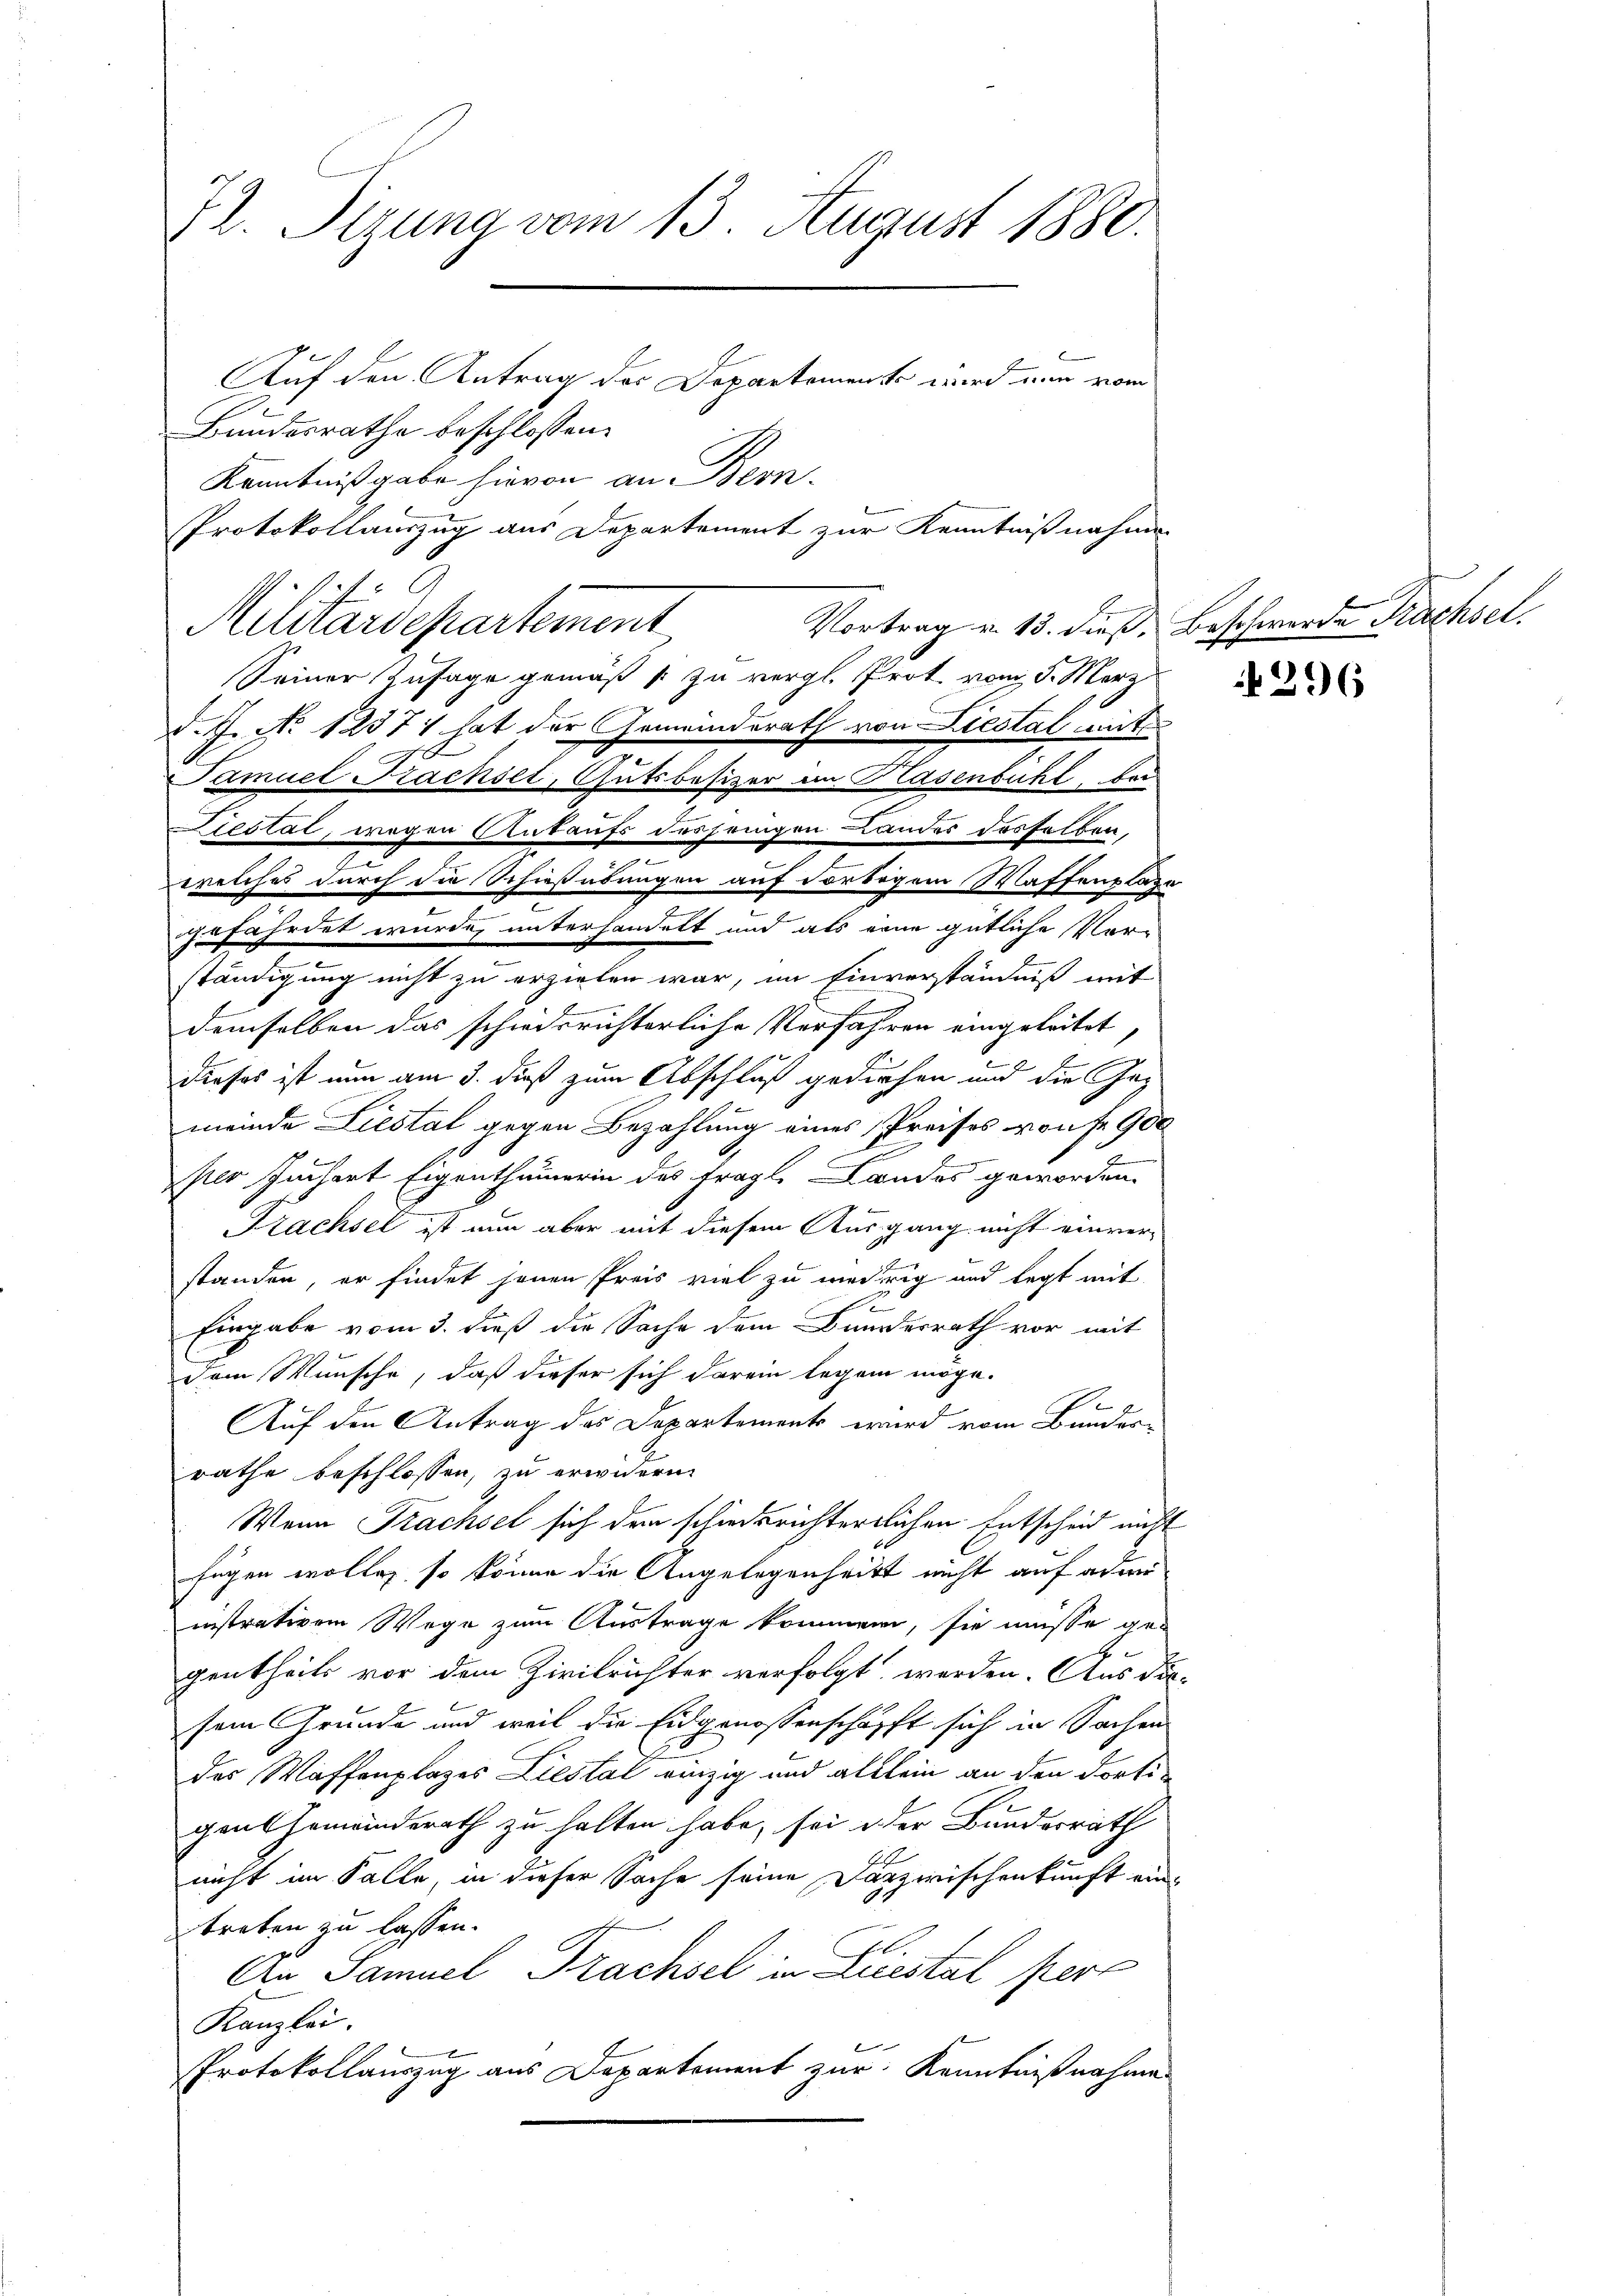
B. Sizung vom 13. August 1880.
Auf den Antrag des Departements wird nun vom
Bundesrathe beschlossen:
Kenntnißgabe hievon an Bern.
Protokollauszug aus Departement zur Kenntnißnahme

Militärdepartement
Seiner Zusage gemäß s. zu vergl. Prot. vom 5. März
d. J. No 12371 hat der Gemeinderath von Liestal mit
Samuel Trachsel, Gutsbesizer an Hasenbühl kan
Liestät, wegen Ankaufs desjenigen Landes desselben,
ewelches durch die Schießübungen auf dortigem Waffentlage
gefährdet wurde, unterhandelt und als eine gütliche Ver-
ständigung nicht zu erzielen war, im Einverständniß mit
n
demselben das schiedsrichterliche Verfahren eingeleitet,
dieses ist nun am 3. dieß zum Abschluß gediehen und die Gemeinde Liestal gegen Bezahlung eines Preises von fr. 900
per Juchart Eigenthümerin des fragl. Landes geworden.
Trachsel ist nun aber mit diesem Ausgang nicht einver-
standen, er findet jenen Preis viel zu weitig und legt mit
Eingabe vom 3. dieß die Sache dem Bundesrath vor mit
Dem Wunsche, daß dieser sich darein legen möge.
.
Auf den Antrag des Departement wird vom Bundesrathe beschlossen, zu erwidern
Wenn Trachsel sich dem schiedsrichterlichen Entscheid nicht
fügen wolleg, so könne die Angelegenheitt nicht auf ade
instrativem Wege zum Austrage kommen, sie müsse ge-
gentheils vor dem Zivilrichter verfolgt werden. Aus die-
sem Grunde und weil die Eidgenossenschafft sich in Sachen
des Waffenplazes Liestal einzig und allein an den Fortigens Gemanderath zu halten habe, sei oder Bundesrath
nicht im Falle, in dieser Sache seine Faszwischenkunft eintreten zu lassen.
An Samuel Trachsel in Liestal pere
Kanzlei.
Protokollauszug aus Departement zur Kenntnißnahme

Vortrag u. 15. dieß, Beschwerde Krachsel.

296